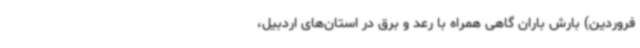
فروردین) بارش باران گاهی همراه با رعد و برق در استان‌های اردبیل،